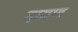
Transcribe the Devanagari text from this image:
दावण